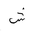
Letter: _shin